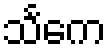
သင်္ကေ